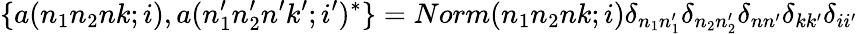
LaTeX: \{ a(n_{1}n_{2}nk;i),a(n_{1}^{\prime}n_{2}^{\prime}n^{\prime}k^{\prime};i^{\prime})^{*}\} =Norm(n_{1}n_{2}nk;i)\delta_{n_{1}n_{1}^{\prime}}\delta_{n_{2}n_{2}^{\prime}}\delta_{nn^{\prime}}\delta_{kk^{\prime}}\delta_{ii^{\prime}}